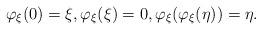
LaTeX: \begin{align*}\varphi_{\xi}(0)=\xi, \varphi_{\xi}(\xi)=0, \varphi_{\xi}(\varphi_{\xi}(\eta))=\eta.\end{align*}